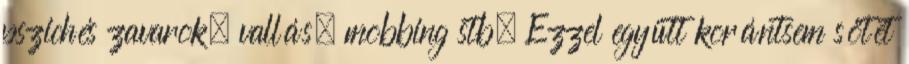
pszichés zavarok, vallás, mobbing stb. Ezzel együtt korántsem sötét